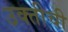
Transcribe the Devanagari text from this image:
उक्तीची